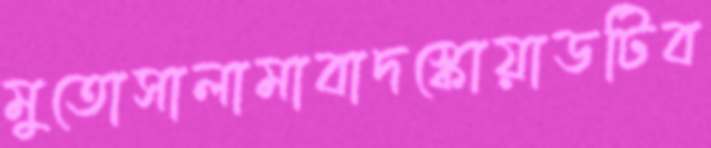
মুতোসালামাবাদস্কোয়াডটিব